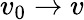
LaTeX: v_{0}\rightarrow v